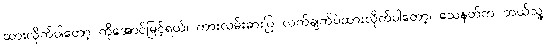
ထားလိုက်ပါတော့ ကိုအောင်မြင့်ရယ်၊ ကားလမ်းဓားပြ လက်ချက်ပဲထားလိုက်ပါတော့၊ သေနတ်က ဘယ်သူ့